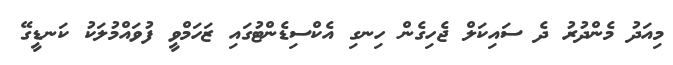
މިއަދު މެންދުރު ދެ ސައިކަލް ޖެހިގެން ހިނގި އެކްސިޑެންޓުގައި ޒަހަމްވީ ފުވައްމުލަކު ކަނޑީގޭ